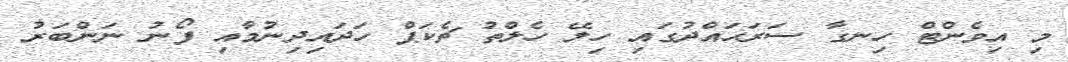
މި އިވެންޓް ހިނގާ ސަރަޙައްދުގައި ހިލޭ ހެލްތު ޗެކަޕް ހަދައިދިނުމާއި ފޯނު ނަންބަރު